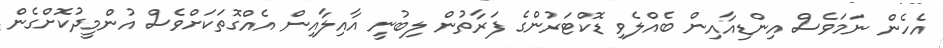
އެހެން ނަމަވެސް އިންޑިއާއިން ބެއްލެވި ޑޮކްޓަރުންގެ ފަރާތުން ލިބުނީ އާއިލާއިން އެއްގޮތަކަށްވެސް އުންމީދުކޮށްގެން